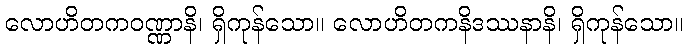
လောဟိတကဝဏ္ဏာနိ၊ ရှိကုန်သော။ လောဟိတကနိဒဿနာနိ၊ ရှိကုန်သော။